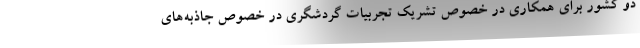
دو کشور برای همکاری در خصوص تشریک تجربیات گردشگری در خصوص جاذبه‌های